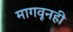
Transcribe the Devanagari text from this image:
मागवूनही